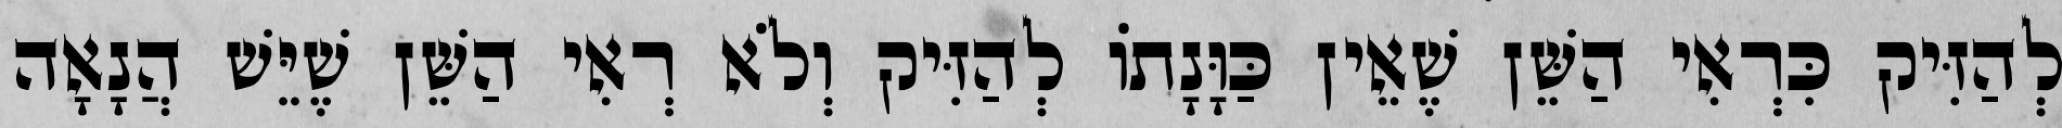
לְהַזִּיק כִּרְאִי הַשֵּׁן שֶׁאֵין כַּוָּנָתוֹ לְהַזִּיק וְלֹא רְאִי הַשֵּׁן שֶׁיֵּשׁ הֲנָאָה